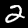
Digit: 2